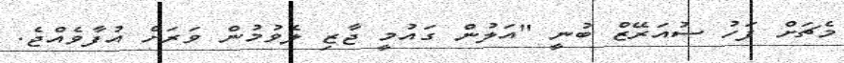
މެޗަށް ފަހު ސުއަރޭޒް ބުނީ "އަލުން ގައުމީ ޖާޒި ލެވުމުން ވަރަށް އުފާވެއްޖެ.